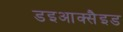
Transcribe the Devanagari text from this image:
डइआक्सैइड